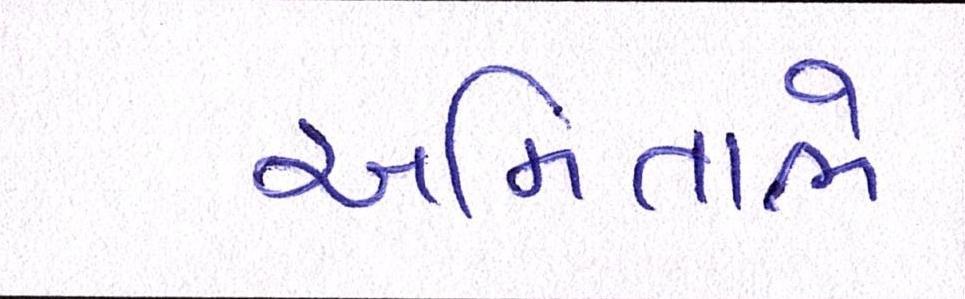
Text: અમિતાભે